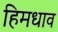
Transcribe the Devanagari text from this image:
हिमधाव